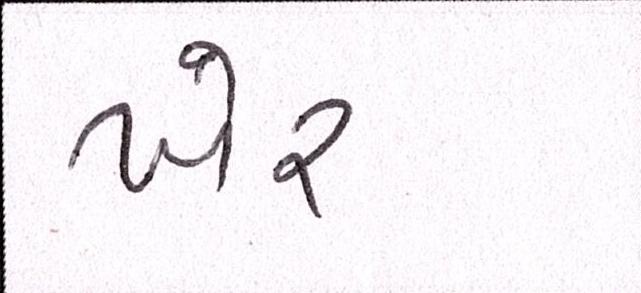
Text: ખેર